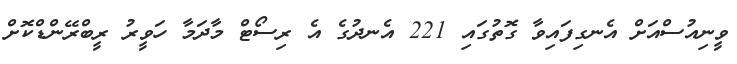
ވީނިއުސްއަށް އެނގިފައިވާ ގޮތުގައި 221 އެނދުގެ އެ ރިސޯޓް މާދަމާ ހަވީރު ރީބްރޭންޑްކޮށް